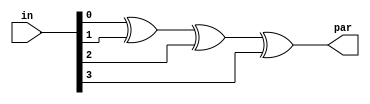

module even_parity(par,in);

input [3:0] in;

output par ;

assign par = in[0] ^ in[1] ^ in[2] ^ in[3] ;

endmodule